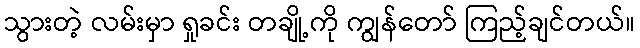
သွားတဲ့ လမ်းမှာ ရှုခင်း တချို့ကို ကျွန်တော် ကြည့်ချင်တယ်။